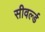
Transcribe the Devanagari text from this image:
सीवर्ल्ड